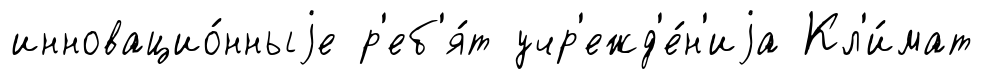
инновацио́нныjе р'еб'я́т учр'ежд'е́н'иjа Кл'и́мат